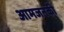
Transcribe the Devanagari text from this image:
आमजनकी